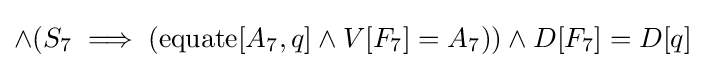
\land (S_{7}\implies (\operatorname {equate} [A_{7},q]\land V[F_{7}]=A_{7}))\land D[F_{7}]=D[q]